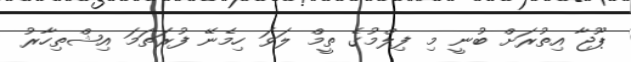
ޕޫޖާ އިތުރަށް ބުނީ މި ފިލްމުގެ ތީމް ލަވަ ހިމެނޭ ފުރަތަމަ އިޝްތިހާރު